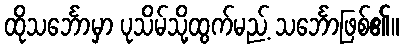
ထိုသင်္ဘောမှာ ပုသိမ်သို့ထွက်မည့် သင်္ဘောဖြစ်၏။